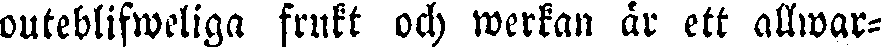
outeblifweliga frukt och werkan är ett allwar-